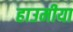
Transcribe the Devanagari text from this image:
हाउमीया